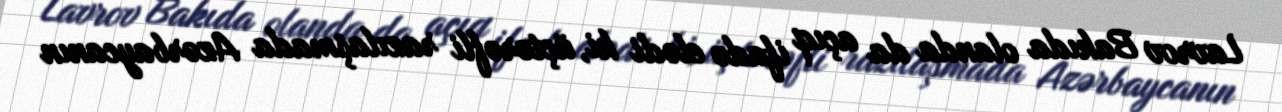
Lavrov Bakıda olanda da açıq ifadə elədi ki, üçtərəfli razılaşmada Azərbaycanın